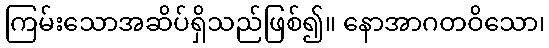
ကြမ်းသောအဆိပ်ရှိသည်ဖြစ်၍။ နောအာဂတဝိသော၊